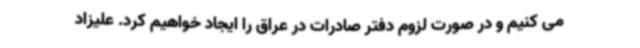
می کنیم و در صورت لزوم دفتر صادرات در عراق را ایجاد خواهیم کرد. علیزاد